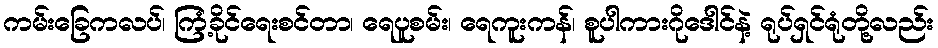
ကမ်းခြေကလပ်၊ ကြံ့ခိုင်ရေးစင်တာ၊ ရေပူစမ်း၊ ရေကူးကန်၊ စူပါကားဂိုဒေါင်နဲ့ ရုပ်ရှင်ရုံတို့လည်း